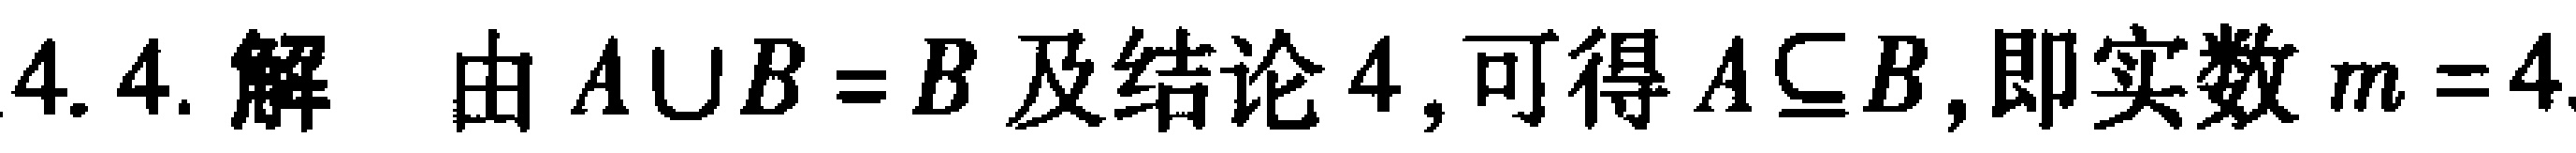
4.4. 解 由 \(A\cup B = B\) 及结论4, 可得 \(A\subseteq B\), 即实数 \(m = 4\)